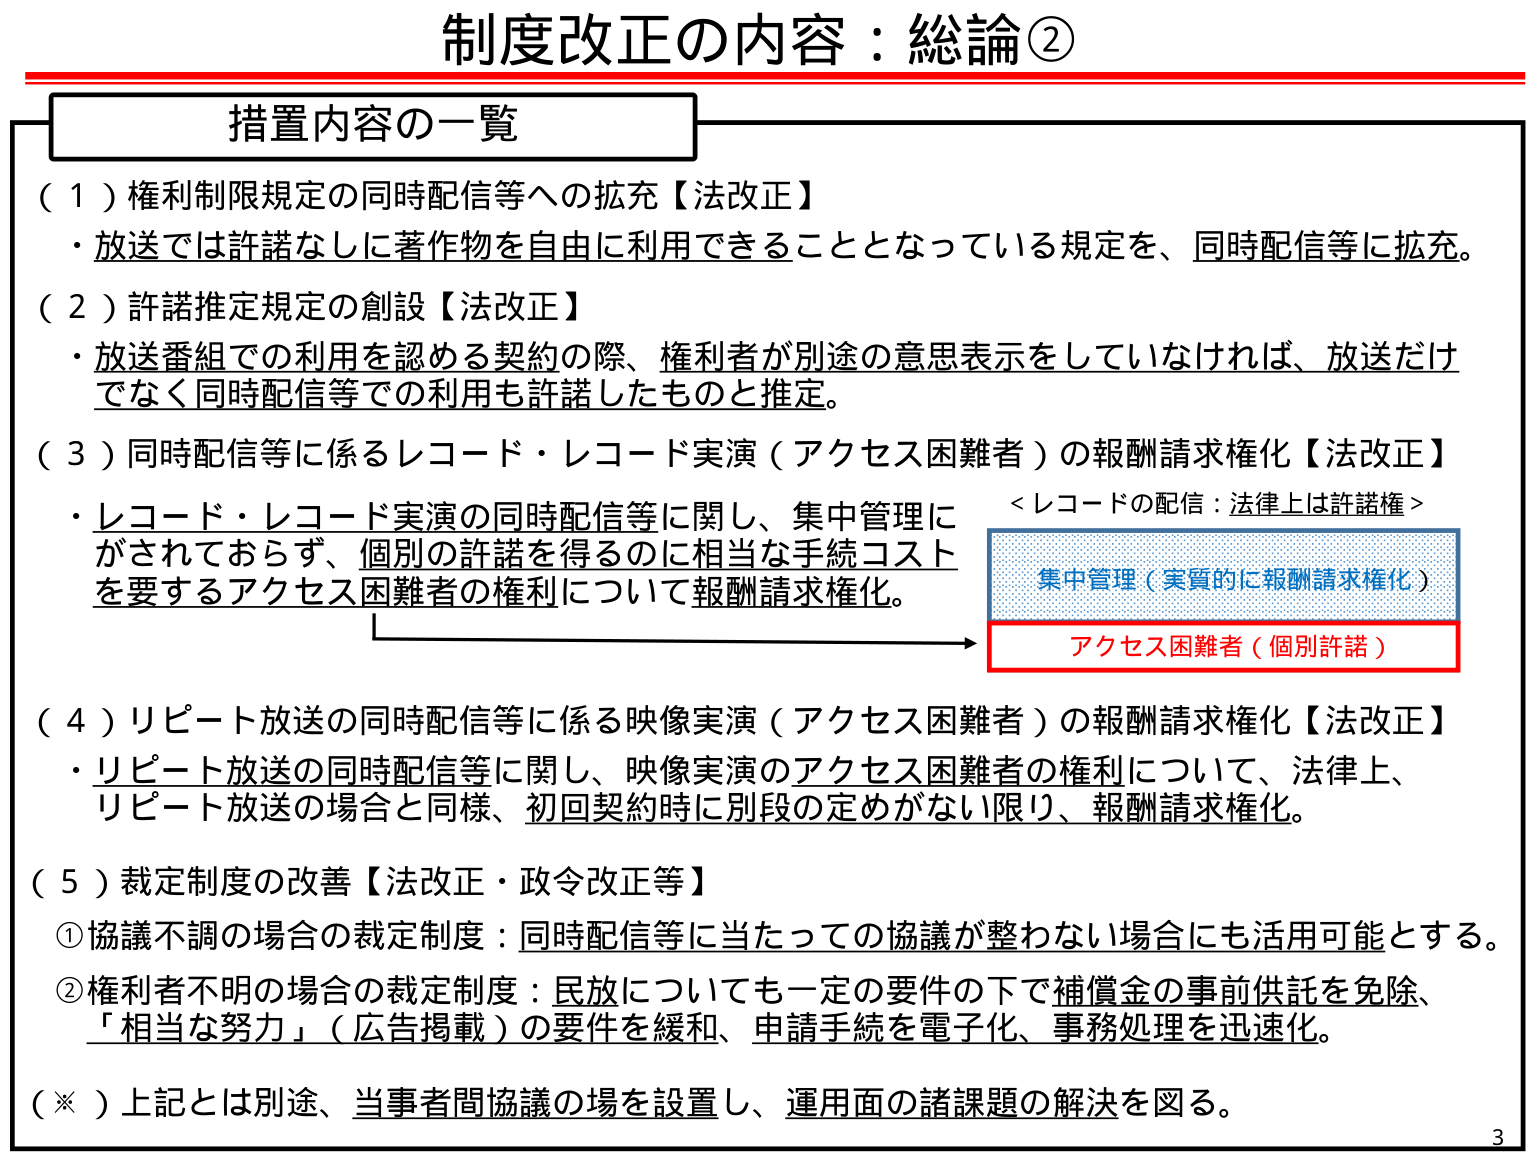
制度改正の内容：総論②

措置内容の一覧

（１）権利制限規定の同時配信等への拡充【法改正】
・放送では許諾なしに著作物を自由に利用できることとなっている規定を、同時配信等に拡充。

（２）許諾推定規定の創設【法改正】
・放送番組での利用を認める契約の際、権利者が別途の意思表示をしていなければ、放送だけでなく同時配信等での利用も許諾したものと推定。

（３）同時配信等に係るレコード・レコード実演（アクセス困難者）の報酬請求権化【法改正】
・レコード・レコード実演の同時配信等に関し、集中管理に
がされておらず、個別の許諾を得るのに相当な手続コスト
を要するアクセス困難者の権利について報酬請求権化。
　　＜レコードの配信：法律上は許諾権＞
　　　集中管理（実質的に報酬請求権化）
　　　アクセス困難者（個別許諾）

（４）リピート放送の同時配信等に係る映像実演（アクセス困難者）の報酬請求権化【法改正】
・リピート放送の同時配信等に関し、映像実演のアクセス困難者の権利について、法律上、
リピート放送の場合と同様、初回契約時に別段の定めがない限り、報酬請求権化。

（５）裁定制度の改善【法改正・政令改正等】
①協議不調の場合の裁定制度：同時配信等に当たっての協議が整わない場合にも活用可能とする。
②権利者不明の場合の裁定制度：民放についても一定の要件の下で補償金の事前供託を免除、
「相当な努力」（広告掲載）の要件を緩和、申請手続を電子化、事務処理を迅速化。

（※）上記とは別途、当事者間協議の場を設置し、運用面の諸課題の解決を図る。

3